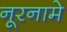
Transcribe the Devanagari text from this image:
नूरनामे